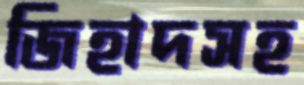
জিহাদসহ